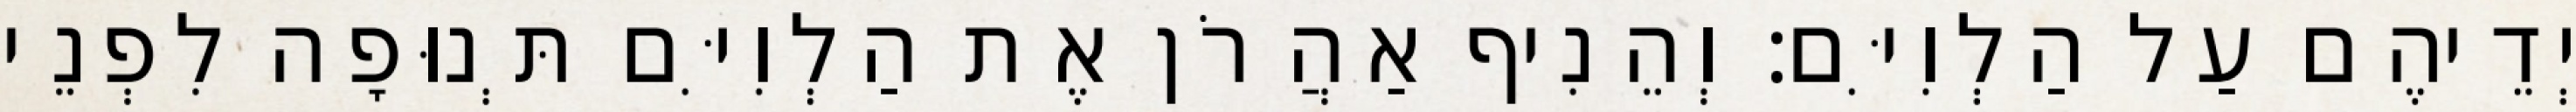
יְדֵיהֶם עַל הַלְוִיִּם׃ וְהֵנִיף אַהֲרֹן אֶת הַלְוִיִּם תְּנוּפָה לִפְנֵי